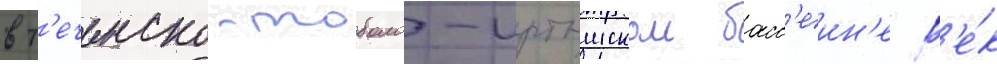
в т'еченско-тоболо-иртышском басс'еин'е р'е́к